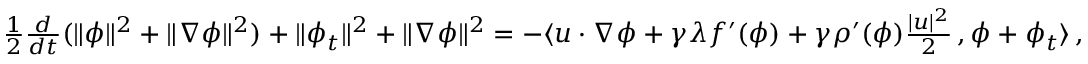
\begin{array} { r } { \frac { 1 } { 2 } \frac { d } { d t } ( \| \phi \| ^ { 2 } + \| \nabla \phi \| ^ { 2 } ) + \| \phi _ { t } \| ^ { 2 } + \| \nabla \phi \| ^ { 2 } = - \langle u \cdot \nabla \phi + \gamma \lambda f ^ { \prime } ( \phi ) + \gamma \rho ^ { \prime } ( \phi ) \frac { | u | ^ { 2 } } { 2 } \, , \phi + \phi _ { t } \rangle \, , } \end{array}